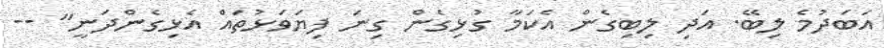
އަބަދުމެ ލިބޭ. އަދި ލިބިގެން އެކަމާ ގުޅިގެން ގިނަ ފިޔަވަޅުތައް އެޅިގެންދަނީ" --